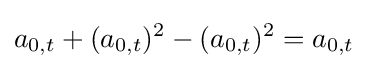
a_{0,t}+(a_{0,t})^{2}-(a_{0,t})^{2}=a_{0,t}